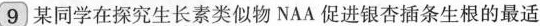
9 某同学在探究生长素类似物NAA促进银杏插条生根的最适